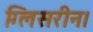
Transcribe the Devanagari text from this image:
ग्लिसरीन।